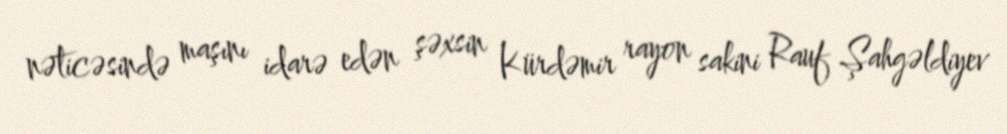
nəticəsində maşını idarə edən şəxsin Kürdəmir rayon sakini Rauf Şahgəldiyev